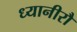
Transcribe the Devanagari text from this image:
ध्यानीरौ